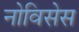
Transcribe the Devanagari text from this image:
नोविसेस